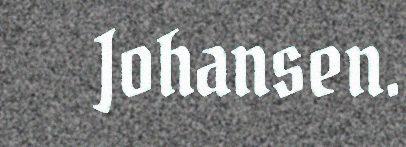
Johansen.